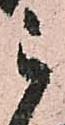
被